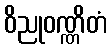
ဝိညုဝဏ္ဏိတံ